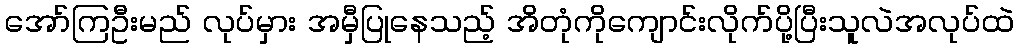
အော်ကြဦးမည် လုပ်မှား အမှီပြုနေသည့် အိတုံကိုကျောင်းလိုက်ပို့ပြီးသူလဲအလုပ်ထဲ